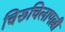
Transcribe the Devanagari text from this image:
चिरूचिलापल्ली